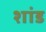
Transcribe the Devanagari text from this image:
शांड